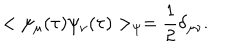
< \psi _ { \mu } ( \tau ) \psi _ { \nu } ( \tau ) > _ { \psi } = { \frac { 1 } { 2 } } \delta _ { \mu \nu } .